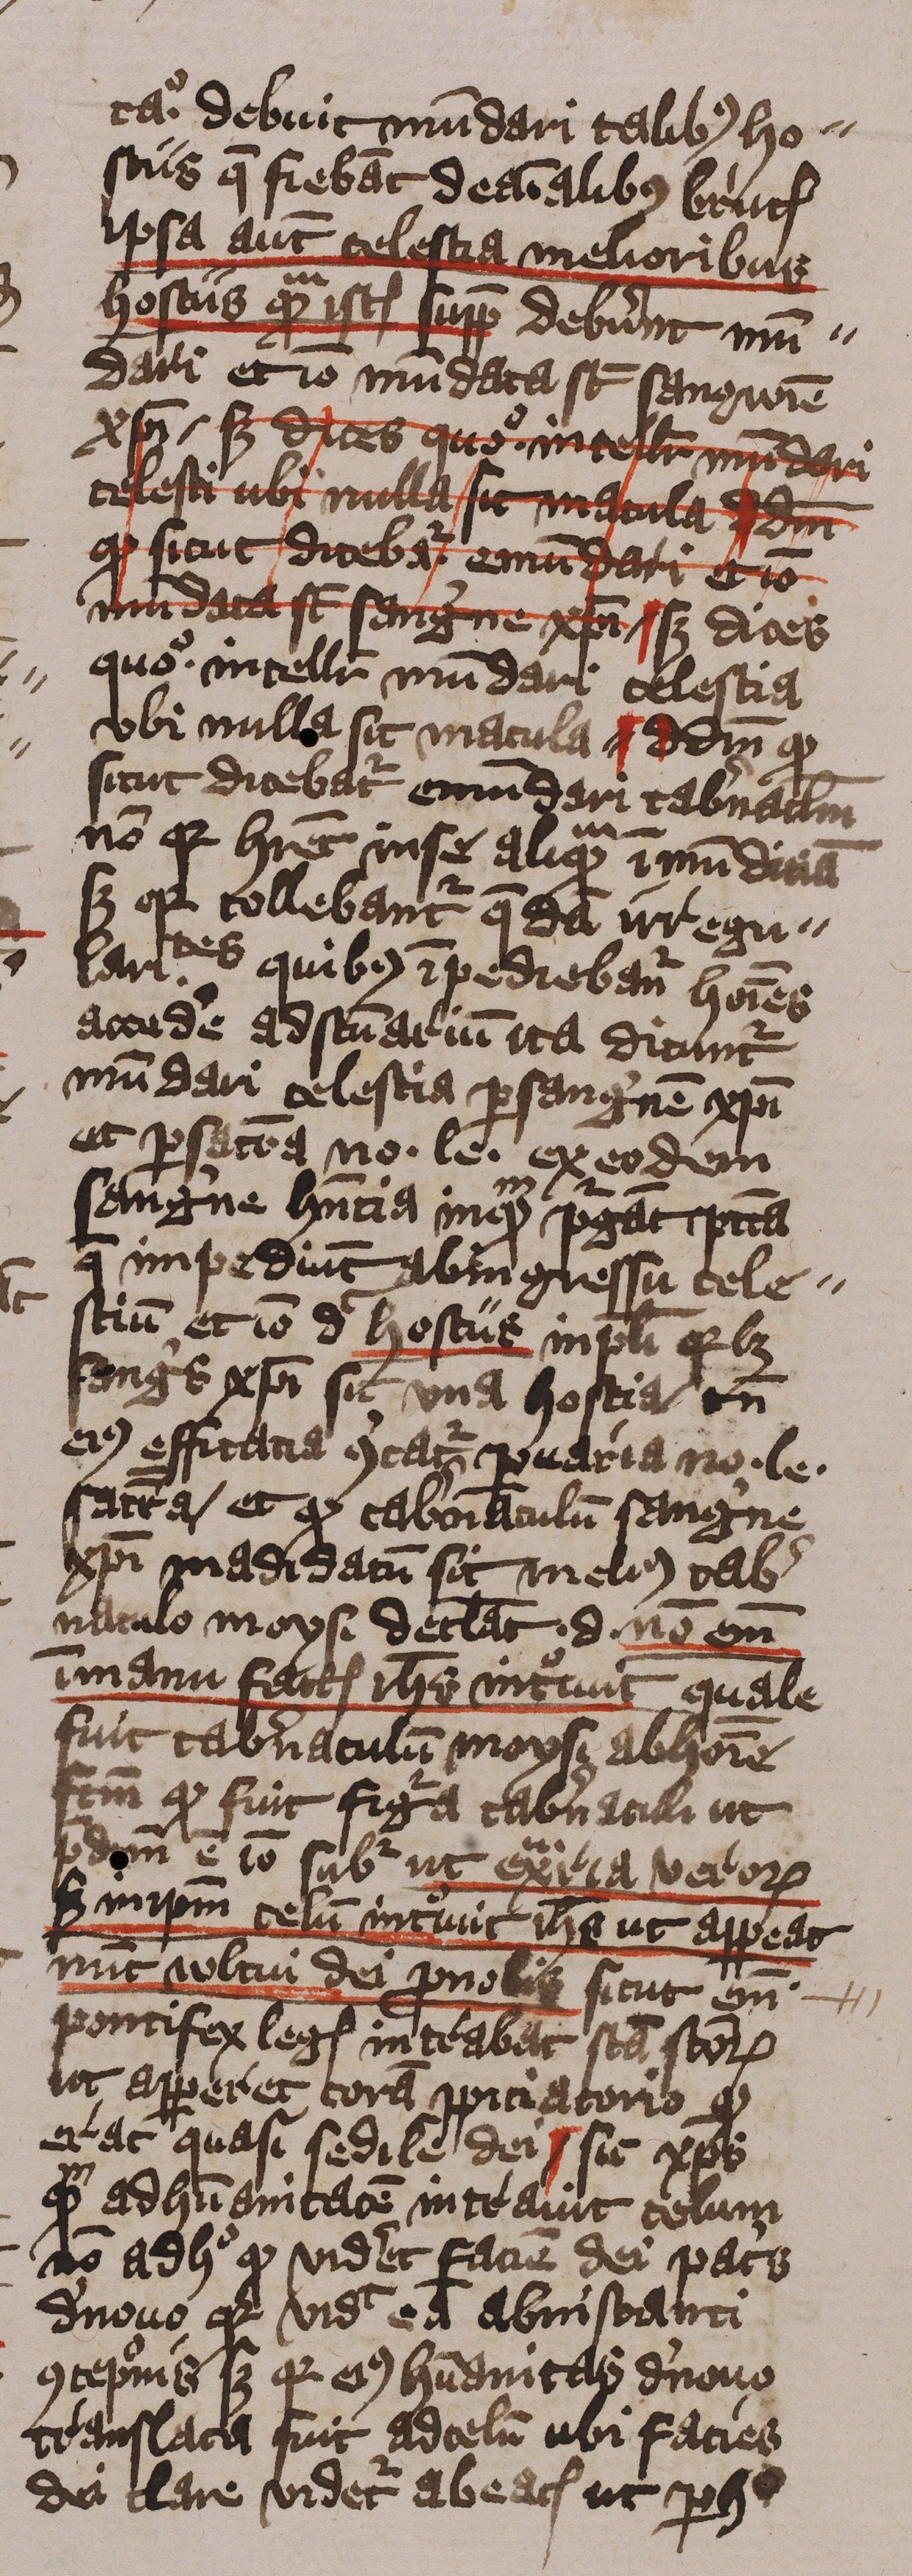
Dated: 1413–1415